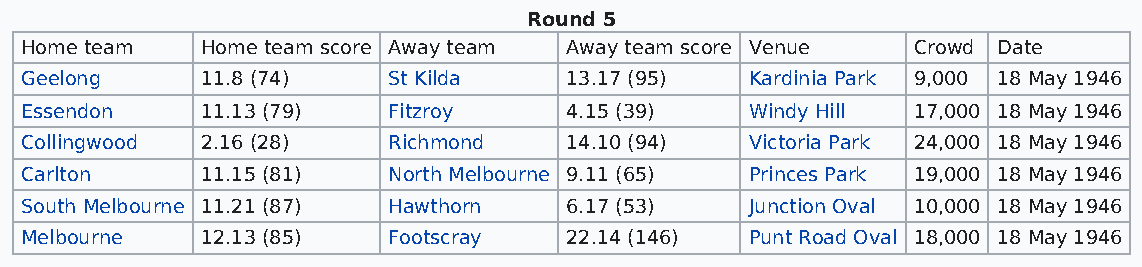
Round 5
 Home team   Home team score Away team Away team score Venue Crowd Date
 Geelong     11.8 (74)    St Kilda   13.17 (95)   Kardinia Park 9,000 18 May 1946
 Essendon    11.13 (79)   Fitzroy    4.15 (39)    Windy Hill 17,000 18 May 1946
 Collingwood 2.16 (28)    Richmond   14.10 (94)   Victoria Park 24,000 18 May 1946
 Carlton     11.15 (81)   North Melbourne 9.11 (65) Princes Park 19,000 18 May 1946
 South Melbourne 11.21 (87) Hawthorn 6.17 (53)    Junction Oval 10,000 18 May 1946
 Melbourne   12.13 (85)   Footscray  22.14 (146)  Punt Road Oval 18,000 18 May 1946